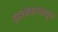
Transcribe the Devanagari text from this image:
इहलोकापासून